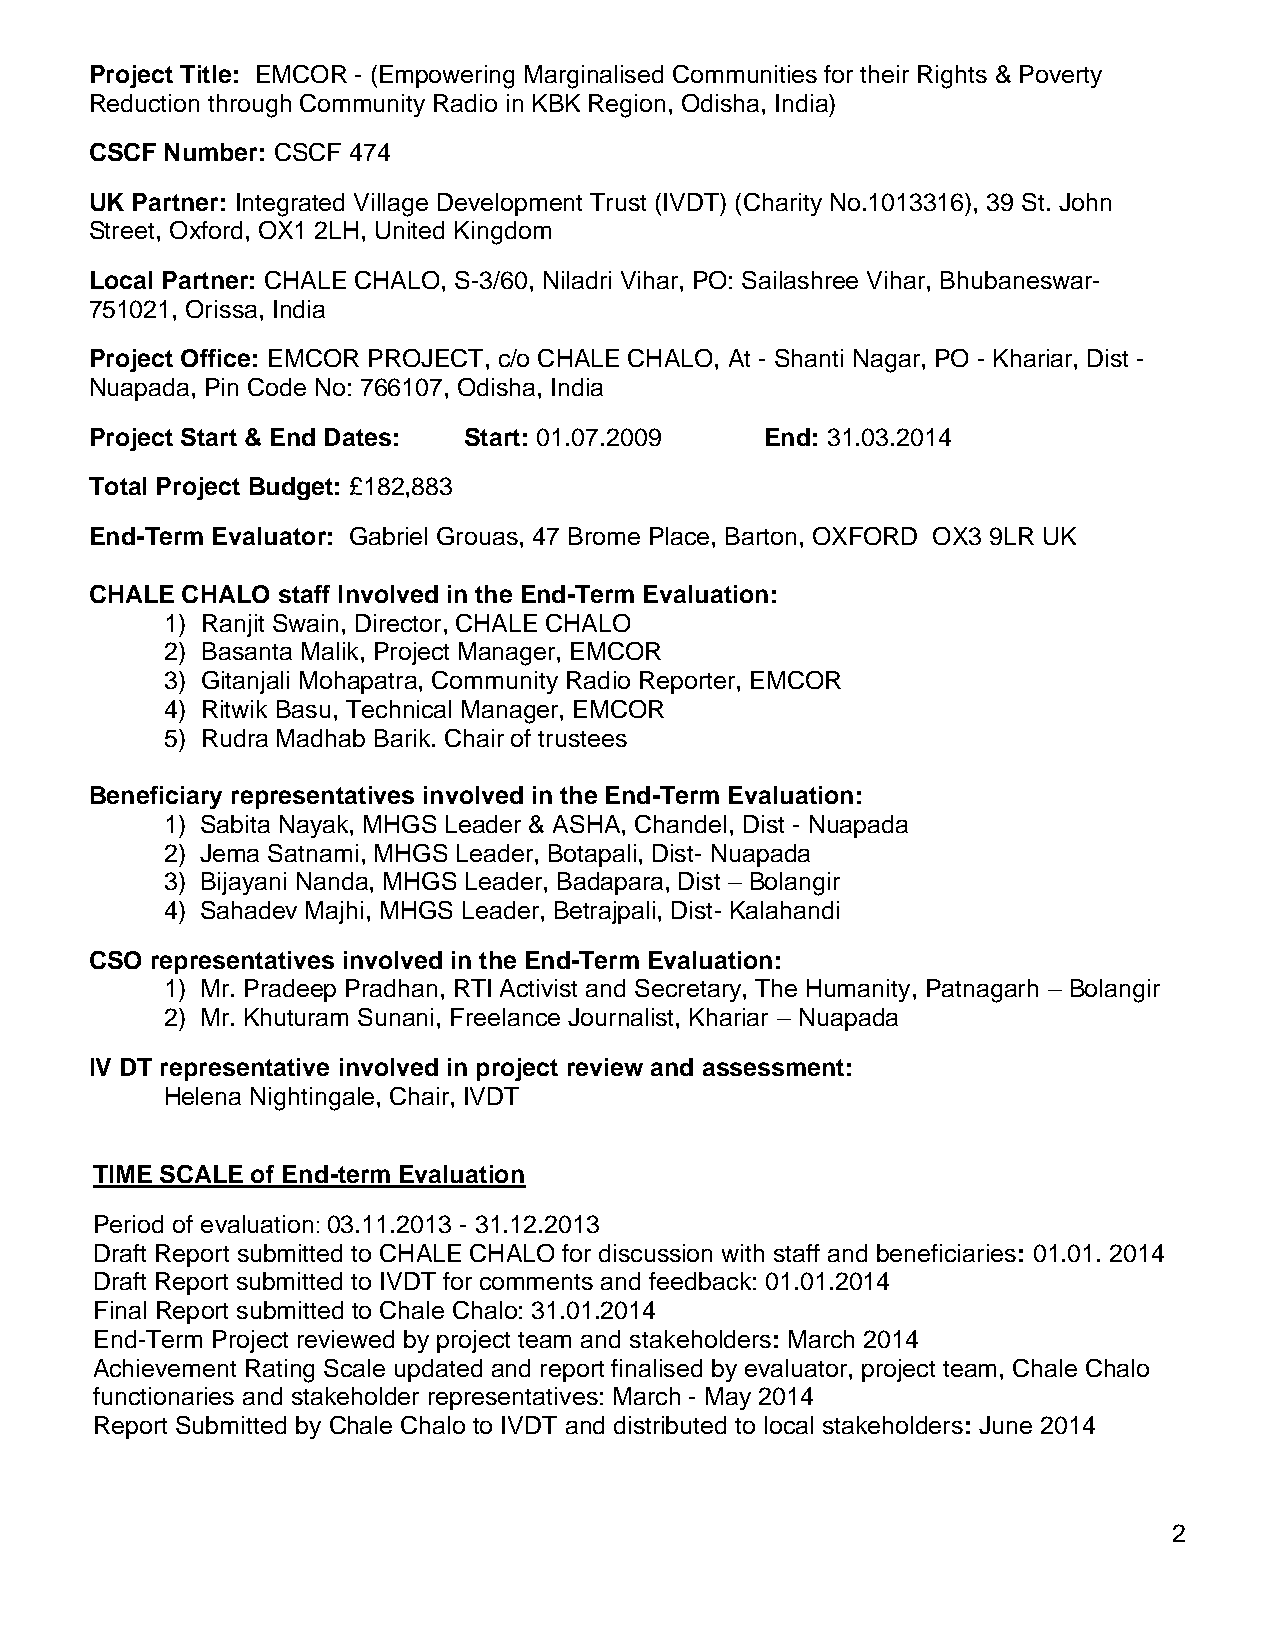
Project Title: EMCOR - (Empowering Marginalised Communities for their Rights & Poverty
 Reduction through Community Radio in KBK Region, Odisha, India)
 CSCF Number: CSCF 474
 UK Partner: Integrated Village Development Trust (IVDT) (Charity No.1013316), 39 St. John
 Street, Oxford, OX1 2LH, United Kingdom
 Local Partner: CHALE CHALO, S-3/60, Niladri Vihar, PO: Sailashree Vihar, Bhubaneswar-
 751021, Orissa, India
 Project Office: EMCOR PROJECT, c/o CHALE CHALO, At - Shanti Nagar, PO - Khariar, Dist -
 Nuapada, Pin Code No: 766107, Odisha, India
 Project Start & End Dates: Start: 01.07.2009 End: 31.03.2014
 Total Project Budget: £182,883
 End-Term Evaluator: Gabriel Grouas, 47 Brome Place, Barton, OXFORD OX3 9LR UK
 CHALE CHALO staff Involved in the End-Term Evaluation:
 1) Ranjit Swain, Director, CHALE CHALO
 2) Basanta Malik, Project Manager, EMCOR
 3) Gitanjali Mohapatra, Community Radio Reporter, EMCOR
 4) Ritwik Basu, Technical Manager, EMCOR
 5) Rudra Madhab Barik. Chair of trustees
 Beneficiary representatives involved in the End-Term Evaluation:
 1) Sabita Nayak, MHGS Leader & ASHA, Chandel, Dist - Nuapada
 2) Jema Satnami, MHGS Leader, Botapali, Dist- Nuapada
 3) Bijayani Nanda, MHGS Leader, Badapara, Dist – Bolangir
 4) Sahadev Majhi, MHGS Leader, Betrajpali, Dist- Kalahandi
 CSO representatives involved in the End-Term Evaluation:
 1) Mr. Pradeep Pradhan, RTI Activist and Secretary, The Humanity, Patnagarh – Bolangir
 2) Mr. Khuturam Sunani, Freelance Journalist, Khariar – Nuapada
 IV DT representative involved in project review and assessment:
 Helena Nightingale, Chair, IVDT
 TIME SCALE of End-term Evaluation
 Period of evaluation: 03.11.2013 - 31.12.2013
 Draft Report submitted to CHALE CHALO for discussion with staff and beneficiaries: 01.01. 2014
 Draft Report submitted to IVDT for comments and feedback: 01.01.2014
 Final Report submitted to Chale Chalo: 31.01.2014
 End-Term Project reviewed by project team and stakeholders: March 2014
 Achievement Rating Scale updated and report finalised by evaluator, project team, Chale Chalo
 functionaries and stakeholder representatives: March - May 2014
 Report Submitted by Chale Chalo to IVDT and distributed to local stakeholders: June 2014
 2